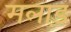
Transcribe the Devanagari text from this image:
मलाड़